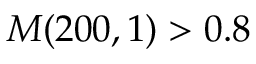
M ( 2 0 0 , 1 ) > 0 . 8